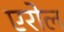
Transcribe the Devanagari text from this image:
एरोल